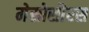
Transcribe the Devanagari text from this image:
मेसोसौरस